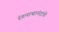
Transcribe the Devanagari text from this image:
रंगनाथानंदांचे